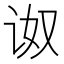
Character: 𰵠